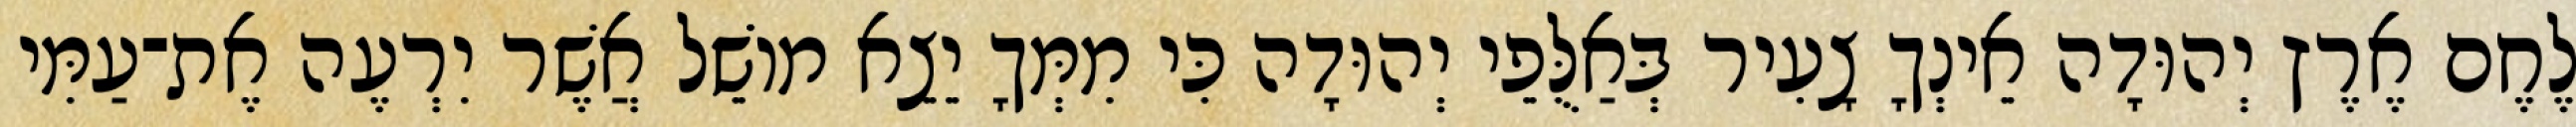
לֶחֶם אֶרֶץ יְהוּדָה אֵינְךָ צָעִיר בְּאַלֻּפֵי יְהוּדָה כִּי מִמְּךָ יֵצֵא מוֹשֵׁל אֲשֶׁר יִרְעֶה אֶת־עַמִּי